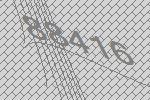
88416